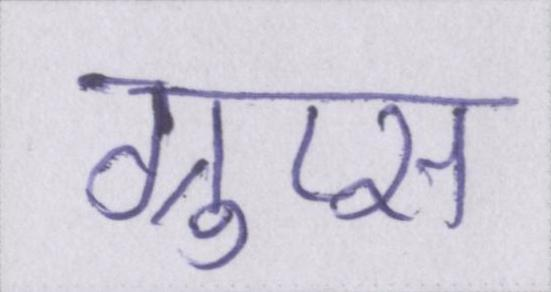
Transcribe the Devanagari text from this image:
ग्रुप्स